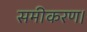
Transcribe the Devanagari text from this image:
समीकरण।